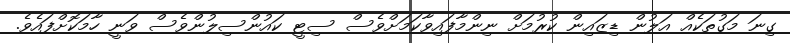
ގިނަ މަގުތަކެއް އަލުން ޑިޒައިން ކުރުމަށް ނިންމާފައިވާކަމަށްވެސް ސިޓީ ކައުންސިލުންވެސް ވަނީ ހާމަކޮށްފައެވެ.